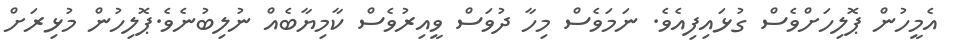
އެމީހުން ޕޮލިހަށްވެސް ގުޅައިފިއެވެ. ނަމަވެސް މިހާ ދުވަސް ވީއިރުވެސް ކާމިޔާބެއް ނުލިބުނެވެ.ޕޮލިހުން މުޅިރަށް